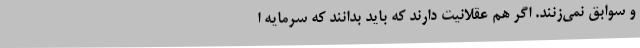
و سوابق نمی‌زنند. اگر هم عقلانیت دارند که باید بدانند که سرمایه ا